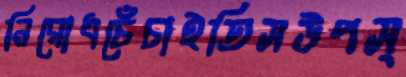
নিরোধচেঁচাইতিসউপস্